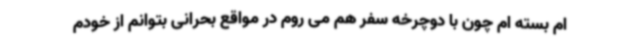
ام بسته ام چون با دوچرخه سفر هم می روم در مواقع بحرانی بتوانم از خودم